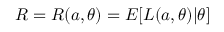
R = R ( a , \theta ) = E [ L ( a , \theta ) | \theta ]